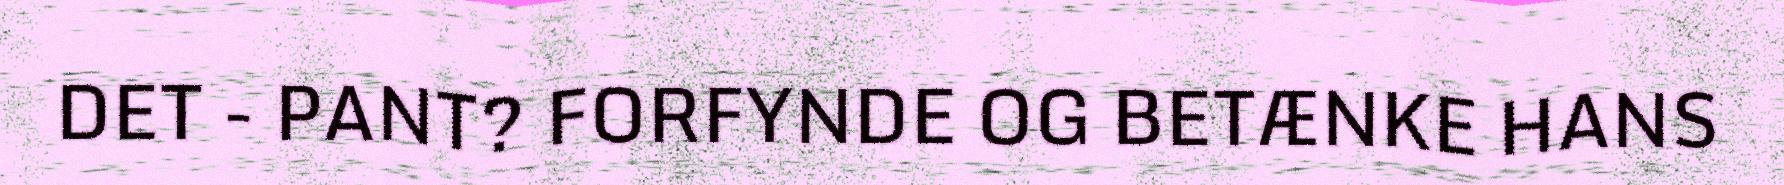
DET - PANT? FORFYNDE OG BETÆNKE HANS